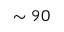
\sim 9 0